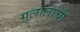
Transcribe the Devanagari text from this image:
गुलालाची